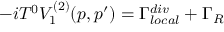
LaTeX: - i T ^ { 0 } V _ { 1 } ^ { ( 2 ) } ( p , p ^ { \prime } ) = \Gamma _ { l o c a l } ^ { d i v } + \Gamma _ { R }